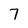
Character: 7